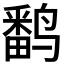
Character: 𬸪